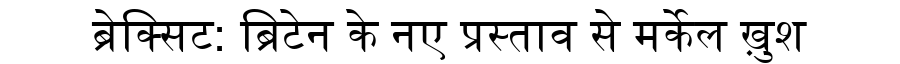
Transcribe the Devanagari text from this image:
ब्रेक्सिट: ब्रिटेन के नए प्रस्ताव से मर्केल ख़ुश